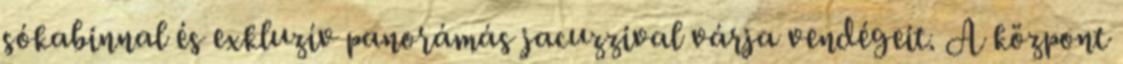
sókabinnal és exkluzív panorámás jacuzzival várja vendégeit. A központ